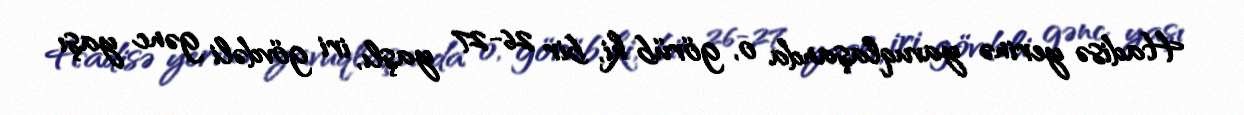
Hadisə yerinə yavuqlaşanda o, görüb ki, bir 26-27 yaşlı, iri gövdəli gənc yaşı